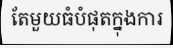
តែមួយធំបំផុតក្នុងការ